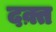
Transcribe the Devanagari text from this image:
दक़्त